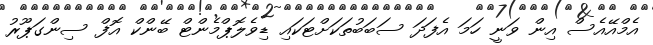
އެމްއޭއެސް އިން ވަނީ ހަމަ އެފަދަ ސަބަބުތަކަށްޓަކައި ޑިވެލޮޕްމެންޓް ބޭންކް އޮފް ސިންގަޕޫރު